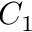
C _ { 1 }